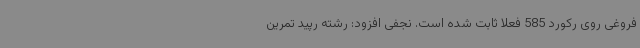
فروغی روی رکورد 585 فعلا ثابت شده است. نجفی افزود: رشته رپید تمرین